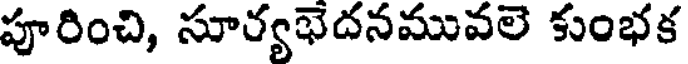
పూరించి, సూర్యభేదనమువలె కుంభక